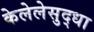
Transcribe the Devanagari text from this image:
केलेलेसुद्धा